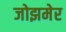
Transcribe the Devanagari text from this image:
जोझमेर